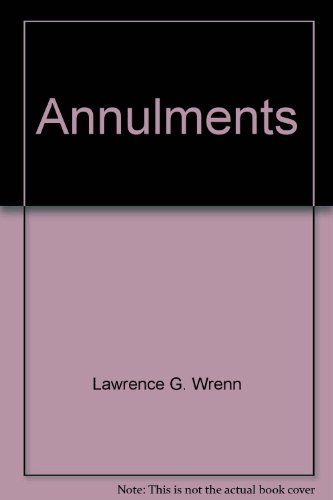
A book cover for Annulments; Lawrence G Wrenn; Christian Books & Bibles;